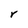
Character: r